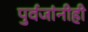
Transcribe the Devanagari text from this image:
पुर्वजांनीही